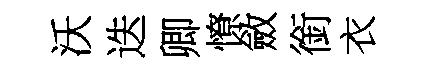
沃迭卿憭斂銜衣